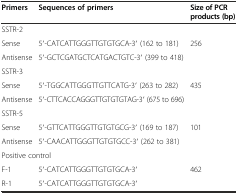
| Primers | Sequences of primers | Size of PCR products (bp) |
 | --- | --- | --- |
 | <COLSPAN=3> SSTR-2 |
 | Sense | 5′-CATCATTGGGTTGTGTGCA-3′ (162 to 181) | 256 |
 | Antisense | 5′-GCTCGATGCTCATGACTGTC-3′ (399 to 418) |  |
 | <COLSPAN=3> SSTR-3 |
 | Sense | 5′-TGGCATTGGGTTGTTCATG-3′ (263 to 282) | 435 |
 | Antisense | 5′-CTTCACCAGGGTTGTGTGTAG-3′ (675 to 696) |  |
 | <COLSPAN=3> SSTR-5 |
 | Sense | 5′-GTTCATTGGGTTGTGTGCG-3′ (169 to 187) | 101 |
 | Antisense | 5′-CAACATTGGGTTGTGTGCC-3′ (262 to 381) |  |
 | <COLSPAN=3> Positive control |
 | F-1 | 5′-CATCATTGGGTTGTGTGCA-3′ | 462 |
 | R-1 | 5′-CATCATTGGGTTGTGTGCA-3′ |  |